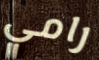
رامي